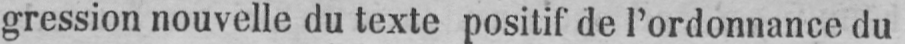
gression nouvelle du texte positif de l’ordonnance du